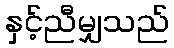
နှင့်ညီမျှသည်